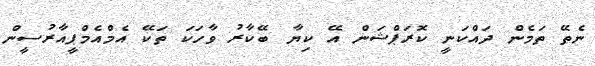
ނެތޭ ތަމެން ދައްކަނީ ކޮރަޕްޝަން އޭ ކިޔާ ބޭކާރު ވާހަކަ ތަކޭ އެމްއެމްޕީއާރުސީން